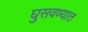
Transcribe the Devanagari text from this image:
घुसवण्यात